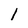
Character: 1